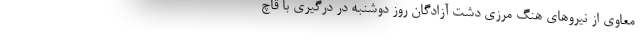
معاوی از نیروهای هنگ مرزی دشت آزادگان روز دوشنبه در درگیری با قاچ